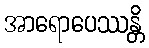
အာရောပေဿန္တိ